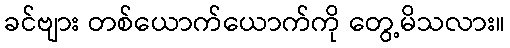
ခင်ဗျား တစ်ယောက်ယောက်ကို တွေ့မိသလား။